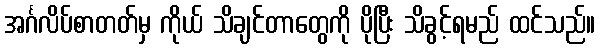
အင်္ဂလိပ်စာတတ်မှ ကိုယ် သိချင်တာတွေကို ပိုပြီး သိခွင့်ရမည် ထင်သည်။